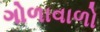
ગોળાવાળો